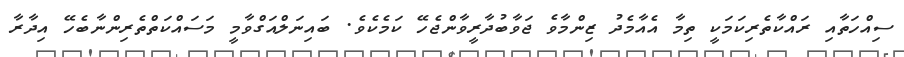
ސިއްހަތާއި ރައްކާތެރިކަމަކީ ތިމާ އެއާމެދު ޒިންމާވެ ޖަވާބުދާރީވާންޖެހޭ ކަމެކެވެ. ބައިނަލްއަގްވާމީ މަސައްކަތްތެރިންނާބެހޭ އިދާރާ